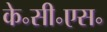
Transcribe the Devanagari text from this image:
के॰सी॰एस॰